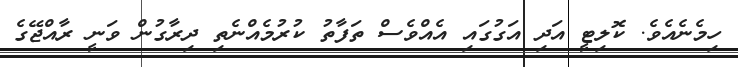
ހިމެނެއެވެ. ކޮލިޓީ އަދި އަގުގައި އެއްވެސް ތަފާތު ކުރުމެއްނެތި ދިރާގުން ވަނީ ރާއްޖޭގެ